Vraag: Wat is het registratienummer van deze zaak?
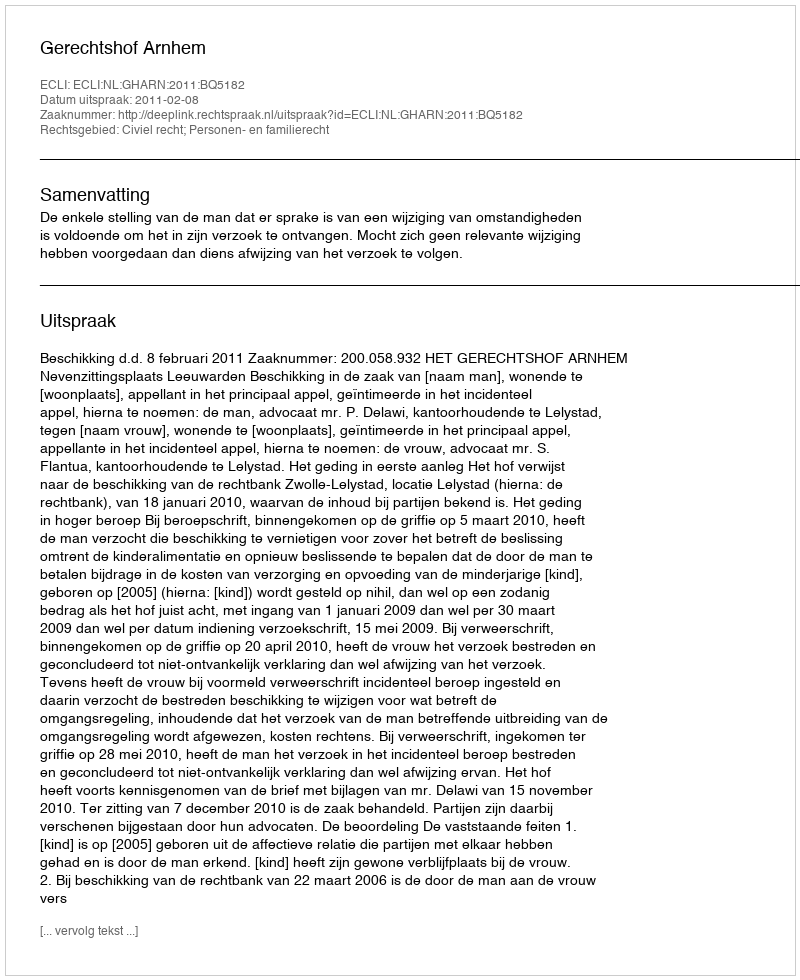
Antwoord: http://deeplink.rechtspraak.nl/uitspraak?id=ECLI:NL:GHARN:2011:BQ5182